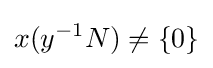
x(y^{-1}N)\neq \{0\}